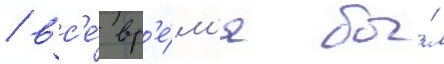
/ вс'е́ вр'е́м'я бы́л